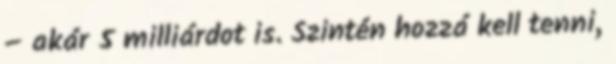
– akár 5 milliárdot is. Szintén hozzá kell tenni,